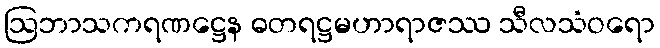
ဩဘာသကရဏဋ္ဌေန ဓတရဋ္ဌမဟာရာဇဿ သီလသံဝရော